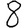
Digit: 8